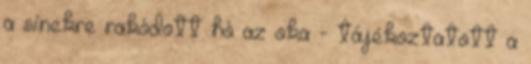
a sínekre rakódott hó az oka - tájékoztatott a